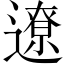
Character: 遼